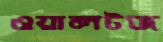
ওয়ালটজ